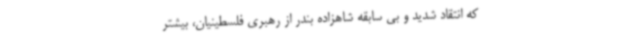
که انتقاد شدید و بی ‌سابقه شاهزاده بندر از رهبری فلسطینیان، بیشتر